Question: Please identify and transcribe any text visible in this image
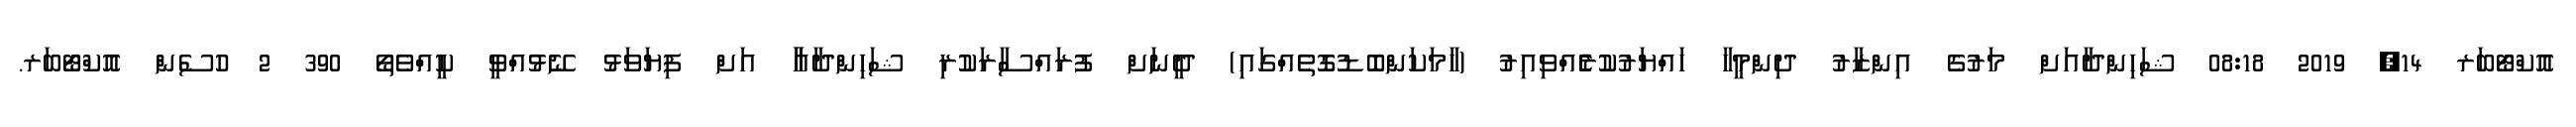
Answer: އޮކްޓޯބަރ 14, 2019 08:18 ޝަހިންދާއަށް މަރުގެ އިންޒާރު ދިންމީހާ ހައްޔަރުކުރެެެެެއްވިއިރު (ހާމަކަންބޮޑުގޮތެއްގައި) ދީނަށް ފުރައްސާރަކުރި ޝަހިންދާއާާ އަށް ފިޔަވަޅު ނޭޅުއްވީ ކީއްވެތޯ 390 2 ހުސެން އޮކްޓޯބަރ.